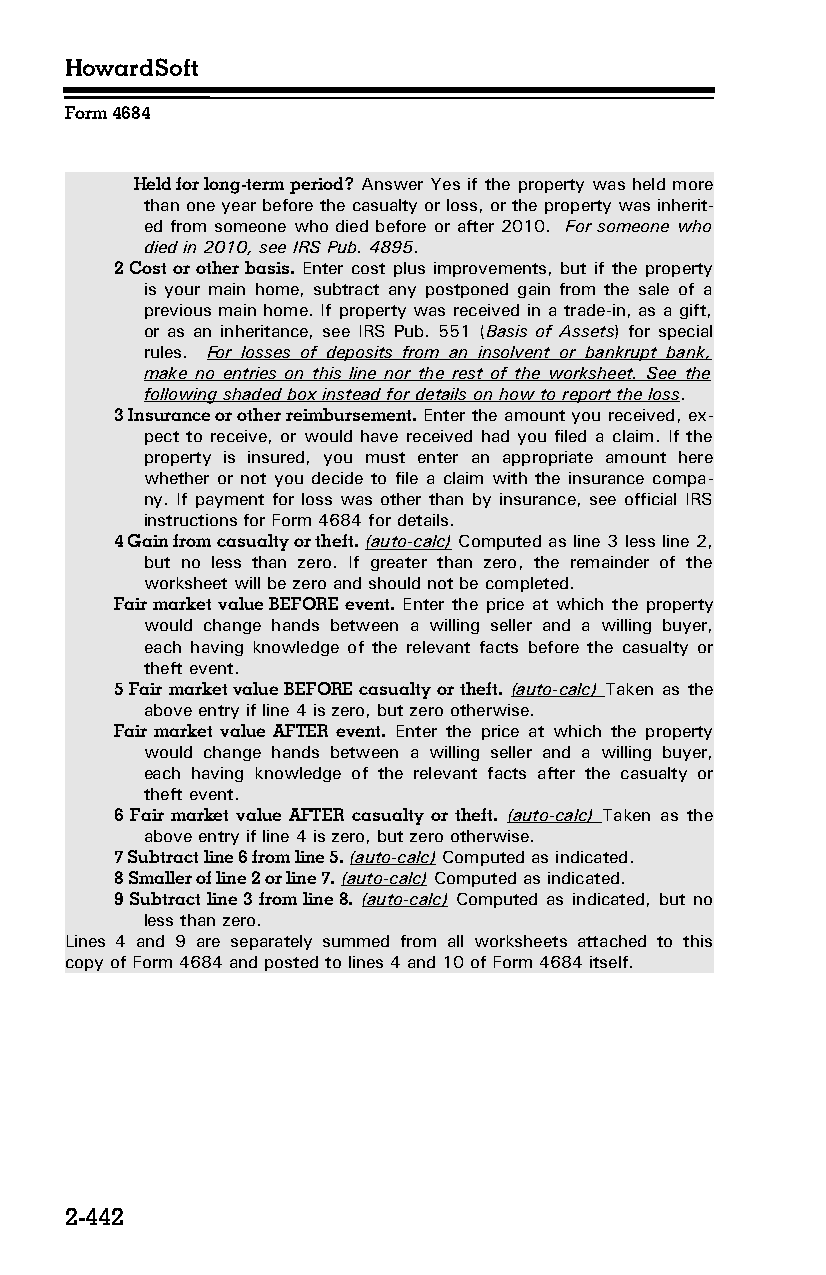
HowardSoft
 Form 4684
 Held for long-term period? Answer Yes if the property was held more
 than one year before the casualty or loss, or the property was inherit­
 ed from someone who died before or after 2010. For someone who
 died in 2010, see IRS Pub. 4895.
 2 Cost or other basis. Enter cost plus improvements, but if the property
 is your main home, subtract any postponed gain from the sale of a
 previous main home. If property was received in a trade-in, as a gift,
 or as an inheritance, see IRS Pub. 551 (Basis of Assets) for special
 rules. For losses of deposits from an insolvent or bankrupt bank,
 make no entries on this line nor the rest of the worksheet. See the
 following shaded box instead for details on how to report the loss.
 3 Insurance or other reimbursement. Enter the amount you received, ex­
 pect to receive, or would have received had you filed a claim. If the
 property is insured, you must enter an appropriate amount here
 whether or not you decide to file a claim with the insurance compa­
 ny. If payment for loss was other than by insurance, see official IRS
 instructions for Form 4684 for details.
 4 Gain from casualty or theft. (auto-calc) Computed as line 3 less line 2,
 but no less than zero. If greater than zero, the remainder of the
 worksheet will be zero and should not be completed.
 Fair market value BEFORE event. Enter the price at which the property
 would change hands between a willing seller and a willing buyer,
 each having knowledge of the relevant facts before the casualty or
 theft event.
 5 Fair market value BEFORE casualty or theft. (auto-calc) Taken as the
 above entry if line 4 is zero, but zero otherwise.
 Fair market value AFTER event. Enter the price at which the property
 would change hands between a willing seller and a willing buyer,
 each having knowledge of the relevant facts after the casualty or
 theft event.
 6 Fair market value AFTER casualty or theft. (auto-calc) Taken as the
 above entry if line 4 is zero, but zero otherwise.
 7 Subtract line 6 from line 5. (auto-calc) Computed as indicated.
 8 Smaller of line 2 or line 7. (auto-calc) Computed as indicated.
 9 Subtract line 3 from line 8. (auto-calc) Computed as indicated, but no
 less than zero.
 Lines 4 and 9 are separately summed from all worksheets attached to this
 copy of Form 4684 and posted to lines 4 and 10 of Form 4684 itself.
 2-442